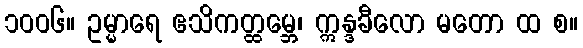
၁၀၀၆။ ဥမ္မာရေ ဧသိကတ္ထမ္ဘေ၊ ဣန္ဒခီလော မတော ထ စ။